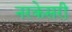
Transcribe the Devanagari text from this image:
नरकेसरी